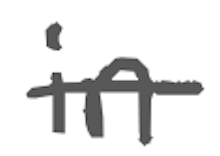
Text: in
Cross-out: single-line
Writing tool: digital_gray